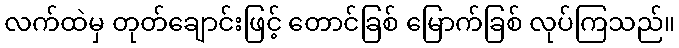
လက်ထဲမှ တုတ်ချောင်းဖြင့် တောင်ခြစ် မြောက်ခြစ် လုပ်ကြသည်။